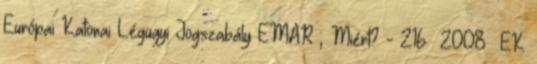
Európai Katonai Légügyi Jogszabály EMAR ; Miért? - 216 2008 EK